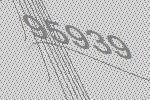
95939